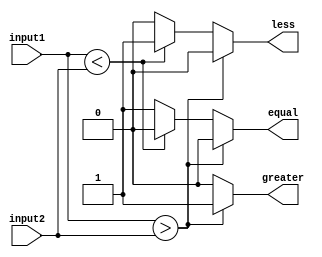
module inequality_comparator (
    input [7:0] input1,
    input [7:0] input2,
    output reg greater,
    output reg less,
    output reg equal
);
    
always @(*) begin
    greater = 0;
    less = 0;
    equal = 0;
    
    if (input1 > input2) begin
        greater = 1;
    end 
    else if (input1 < input2) begin
        less = 1;
    end 
    else begin
        equal = 1;
    end
end

endmodule